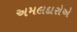
અમલદારોએ